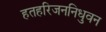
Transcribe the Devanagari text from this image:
हतहरिजननिधुवन